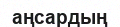
аңсардың